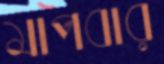
মাপবার